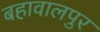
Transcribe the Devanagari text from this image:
बहावालपुर